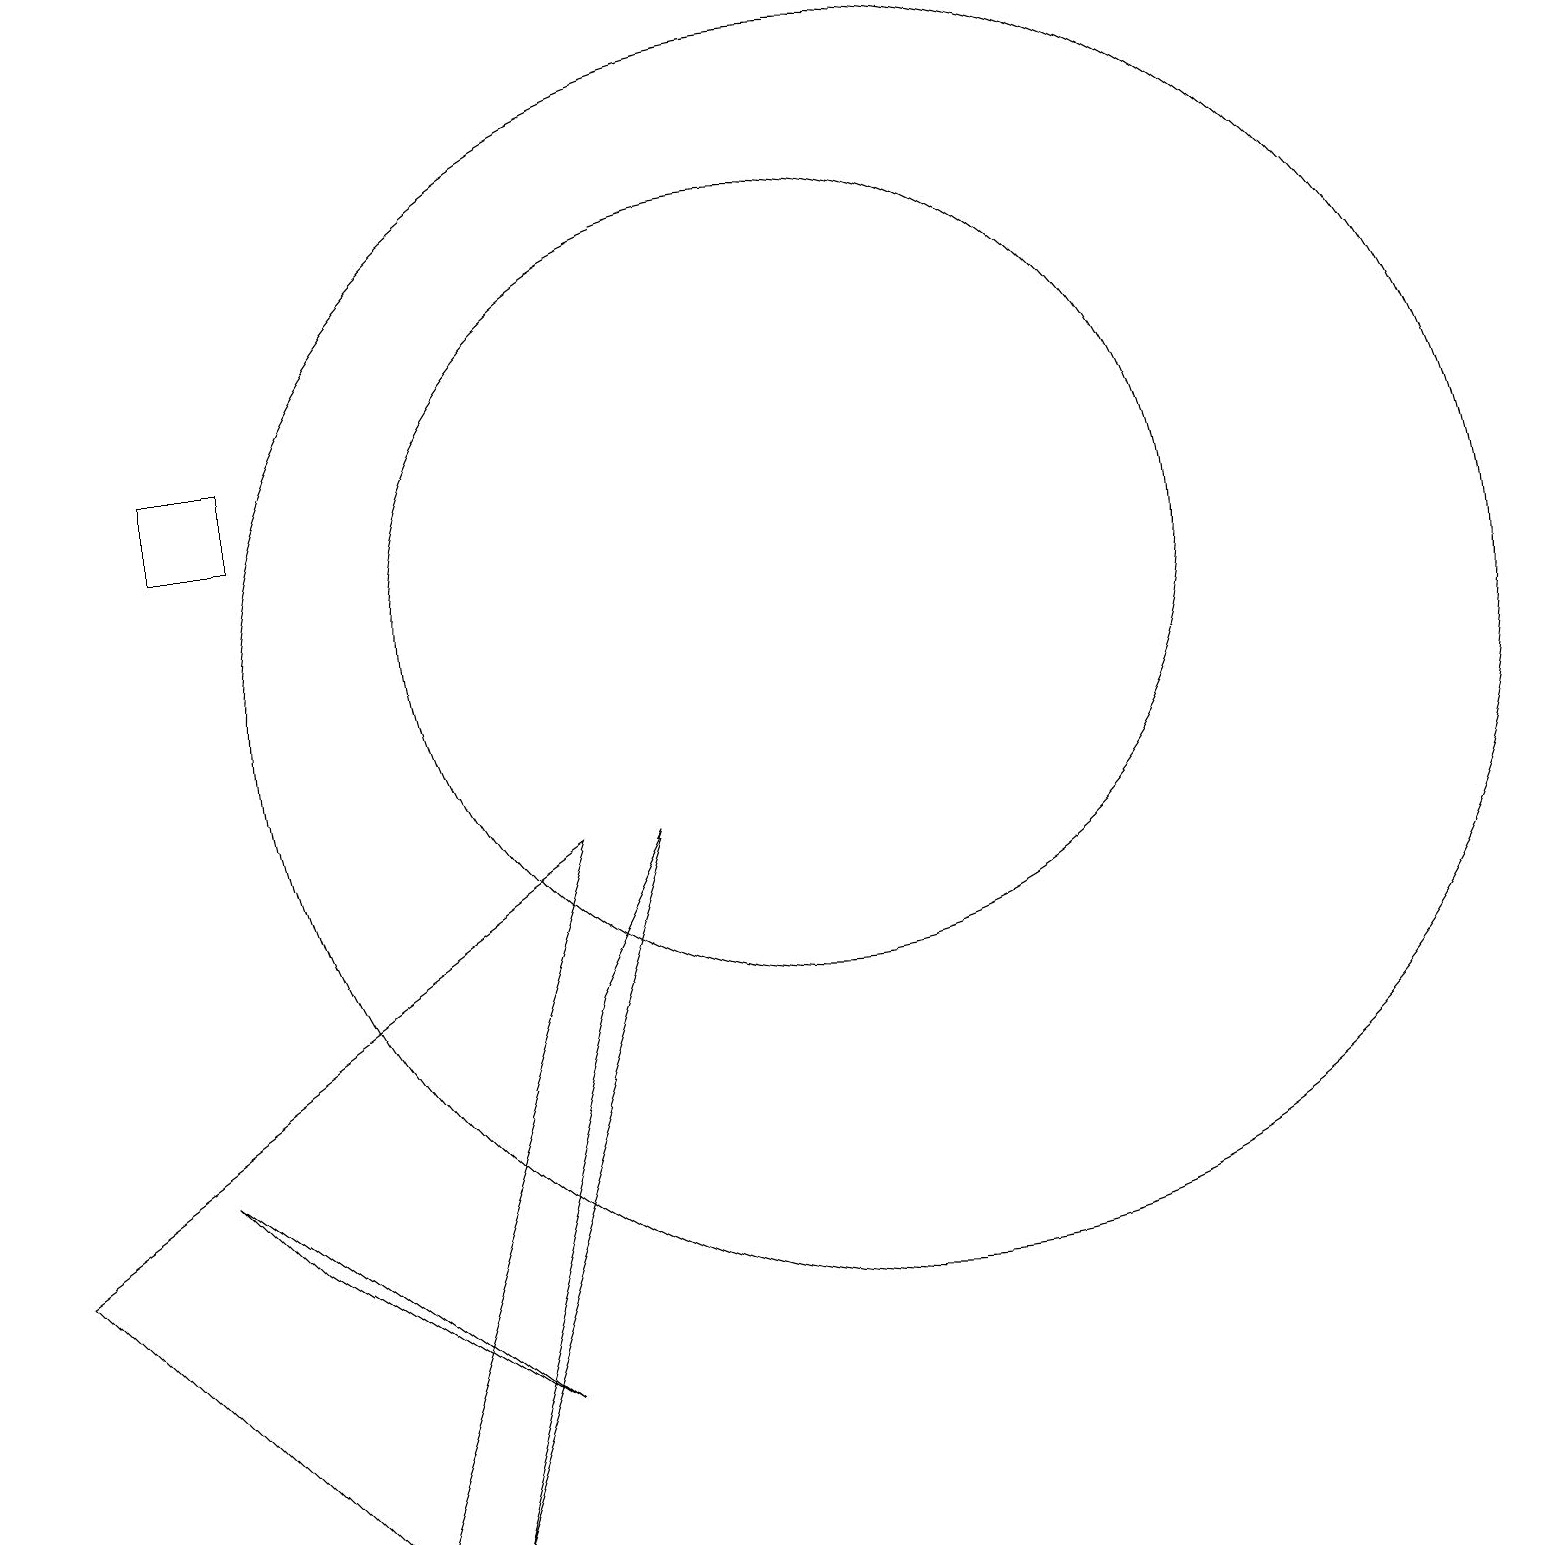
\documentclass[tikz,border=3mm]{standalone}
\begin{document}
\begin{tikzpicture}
\draw (3,14) rectangle (2,13);
\draw (10,12) circle (5);
\draw (11,11) circle (8);
\draw (3,4) -- (2,5) -- (6,2) -- cycle;
\draw (0,4) -- (7,9) -- (4,0) -- cycle;
\draw (7,7) -- (5,0) -- (8,9) -- cycle;
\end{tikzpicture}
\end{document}